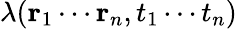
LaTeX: \lambda(\mathbf{r}_{1}\cdots\mathbf{r}_{n},t_{1}\cdots t_{n})